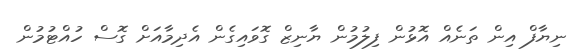
ނިޔާފް އިން ތަނެއް އޮޅުން ފިލުމުން ޔާނިޒް ގޮވައިގެން އެދިމާއަށް ގޮސް ހުއްޓުމުން